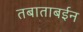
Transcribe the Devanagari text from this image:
तबाताबईन